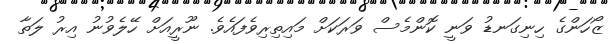
ޒޯހަންގެ ހިނިގަނޑު ވަނީ ކޮންމެސް ވަރަކަށް މައިތިރިވެފައެވެ. ނޫރީއަށް ހޭލެވުނު އިރު ލަތާ